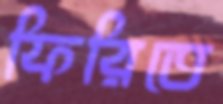
ফিরিতে